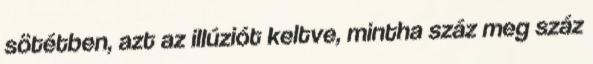
sötétben, azt az illúziót keltve, mintha száz meg száz